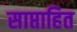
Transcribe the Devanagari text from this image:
साप्ताहित